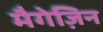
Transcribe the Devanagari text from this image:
मैगेज़िन